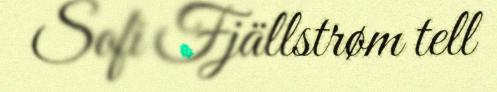
Sofi Fjällstrøm tell